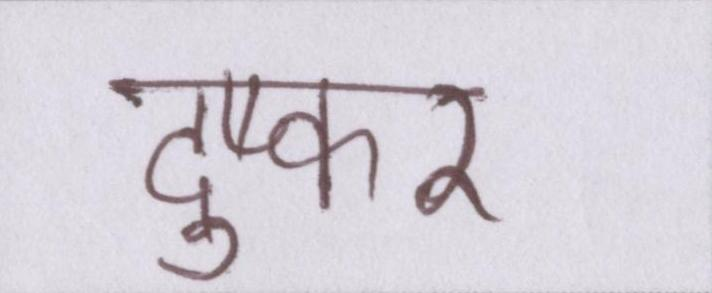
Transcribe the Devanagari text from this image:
दुष्कर